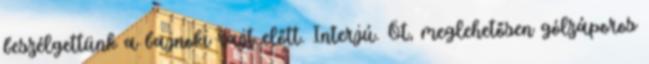
beszélgettünk a bajnoki rajt előtt. Interjú. Öt, meglehetősen gólzáporos